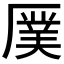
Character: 𪠖